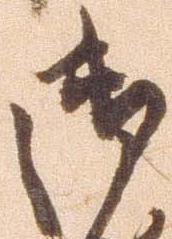
御